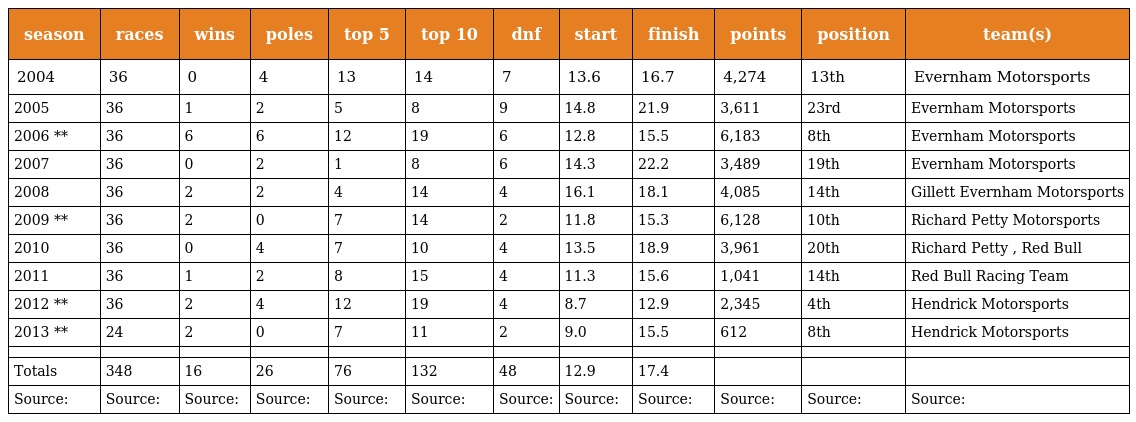
| season | races | wins | poles | top 5 | top 10 | dnf | start | finish | points | position | team(s) |
 | --- | --- | --- | --- | --- | --- | --- | --- | --- | --- | --- | --- |
 | 2004 | 36 | 0 | 4 | 13 | 14 | 7 | 13.6 | 16.7 | 4,274 | 13th | Evernham Motorsports |
 | 2005 | 36 | 1 | 2 | 5 | 8 | 9 | 14.8 | 21.9 | 3,611 | 23rd | Evernham Motorsports |
 | 2006 ** | 36 | 6 | 6 | 12 | 19 | 6 | 12.8 | 15.5 | 6,183 | 8th | Evernham Motorsports |
 | 2007 | 36 | 0 | 2 | 1 | 8 | 6 | 14.3 | 22.2 | 3,489 | 19th | Evernham Motorsports |
 | 2008 | 36 | 2 | 2 | 4 | 14 | 4 | 16.1 | 18.1 | 4,085 | 14th | Gillett Evernham Motorsports |
 | 2009 ** | 36 | 2 | 0 | 7 | 14 | 2 | 11.8 | 15.3 | 6,128 | 10th | Richard Petty Motorsports |
 | 2010 | 36 | 0 | 4 | 7 | 10 | 4 | 13.5 | 18.9 | 3,961 | 20th | Richard Petty , Red Bull |
 | 2011 | 36 | 1 | 2 | 8 | 15 | 4 | 11.3 | 15.6 | 1,041 | 14th | Red Bull Racing Team |
 | 2012 ** | 36 | 2 | 4 | 12 | 19 | 4 | 8.7 | 12.9 | 2,345 | 4th | Hendrick Motorsports |
 | 2013 ** | 24 | 2 | 0 | 7 | 11 | 2 | 9.0 | 15.5 | 612 | 8th | Hendrick Motorsports |
 |  |  |  |  |  |  |  |  |  |  |  |  |
 | Totals | 348 | 16 | 26 | 76 | 132 | 48 | 12.9 | 17.4 |  |  |  |
 | Source: | Source: | Source: | Source: | Source: | Source: | Source: | Source: | Source: | Source: | Source: | Source: |